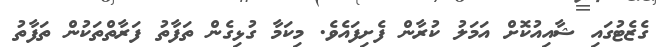
ގެޒެޓުގައި ޝާއިއުކޮށް އަމަލު ކުރާން ފެށިފައެވެ. މިކަމާ ގުޅިގެން ތަފާތު ފަރާތްތަކުން ތަފާތު